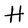
Character: H